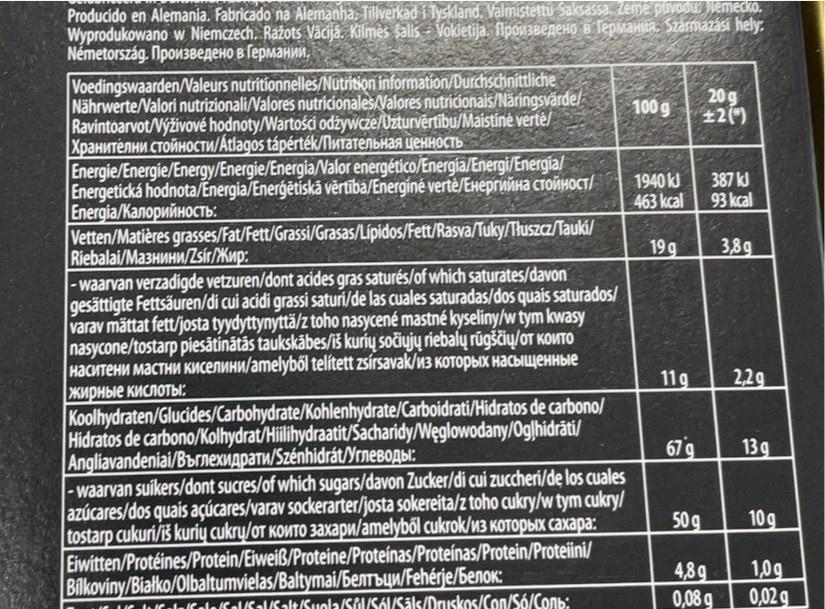
Producido en Alemania. Fabricado na Alemanha: Tillverkad i Tyskland. Valmistettu Saksassa. Zeme puvosur Nemecko. Wyprodukowano w Niemczech. Rażots Väcija. Kilmės šalis - Vokietija. lpow3BeneHo B TepmaniAa. Származási hely:. Nemetorszag. Произведено в Германии,
Voedingswaarden/aleurs nutritionnelles/Nutrition information/Durchschnittliche Nährwerte/Nalori nutrizionali/Valores nutricionales/Valores nutricionais/Näringsvärde/ Ravintoarvot/Výživové hodnoty/Wartości odżywcze/Uzturvērtibu/Maistiné vertė/ Хранителни стойности/Atlagos tapertek/Питательная ценность Energie/Energie/Energy/Energie/Energia/Valor energético/Energia/Energi/Energia/ Energetická hodnota/Energia/Enerģētiskā vērtība/Energiné verté/ExeprwnHa CTONHOCT/ Елergia/Kалорийность: Vetten/Matières grasses/Fat/Fett/Grassi/Grasas/Lípidos/Fett/Rasva/Tuky/Thuszcz/Tauki/ | Riebalal/Mазнини/Zsir/Жир: -waarvan verzadigde vetzuren/dont acides gras saturés/of which saturates/davon gesättigte Fettsäuren/di cui acidi grassi saturi/de las cuales saturadas/dos quais saturados/ varav mättat fett/josta tyydyttynyttä/z toho nasycené mastné kyseliny/w tym kwasy nasycone/tostarp piesātinātās taukskābes/iš kurių sočiųjų riebalų rūgščių/oT KOUTO наситени мастни Киселини/amelybбl telitett zsirsavak/из которых насышщенные
20g 22()
100 g
1940 kJ 463 kcal
387 kJ 93 kcal
19 g
3,8g
11g
2,29
жирные кислоты:
Koolhydraten/Glucides/Carbohydrate/Kohlenhydrate/Carboidrati/Hidratos de carbono/ Hidratos de carbono/Kolhydrat/Hilihydraatit/Sacharidy/Węglowodany/0glhidräti/ Angliavandeniai/Bbrnexuapatu/Szénhidrát/YrneBogbi: |-waarvan suikers/dont sucres/of which sugars/davon Zucker/di cui zuccheri/de los cuales azúcares/dos quais açúcares/varav sockerarter/josta sokereita/z toho cukry/w tym cukry/ tostarp cukuri/iš kuriy cukry/oT KONTO 3aXxapw/amelyből cukrok/u3 KOTOPBIX caxapa: Eiwitten/Protéines/Protein/Eiweiß/Proteine/Proteínas/Proteínas/Protein/Proteiini/ Bilkoviny/Białko/Olbaltumvielas/Baltymai/BENTBUW/Fehérje/benok:
67g
13g
50g
10g
489 0,08 g
1,0g 0,02g
CalafalsalSalt/Suola/Sol/SóI/Sāls/Druskos/Con/Só/Conb: